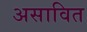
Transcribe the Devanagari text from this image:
असावित